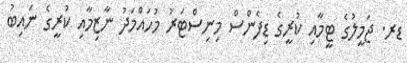
ޑރ. ޖަމީލުގެ ޓީމާއި ކުރީގެ ޑިފެންސް މިނިސްޓަރު މުހައްމަދު ނާޒިމާއި ކުރީގެ ނައިބު